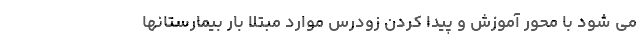
می شود با محور آموزش و پیدا کردن زودرس موارد مبتلا بار بیمارستانها